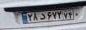
۲۸د۶۷۲۷۴